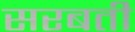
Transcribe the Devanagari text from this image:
सरबती